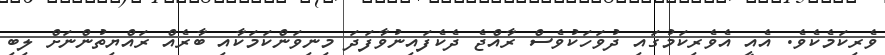
ވެރިކަމެކެވެ. އެއީ އެވެރިކަމުގައި ދުވަހަކުވެސް ރާއްޖެ ދެކެފައިނުވާފަދަ މިނިވަންކަމަކާއި ބާރެއް ރައްޔިތުންނަށް ލިބި